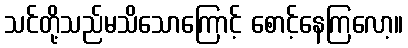
သင်တို့သည်မသိသောကြောင့် စောင့်နေကြလော့။